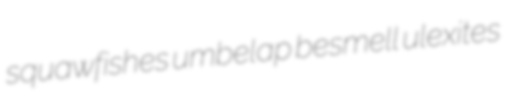
squawfishes umbelap besmell ulexites